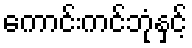
ကောင်းကင်ဘုံနှင့်